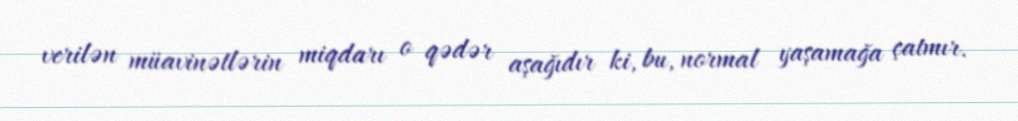
verilən müavinətlərin miqdarı o qədər aşağıdır ki, bu, normal yaşamağa çatmır.